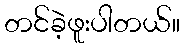
တင်ခဲ့ဖူးပါတယ်။